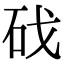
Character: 䂝